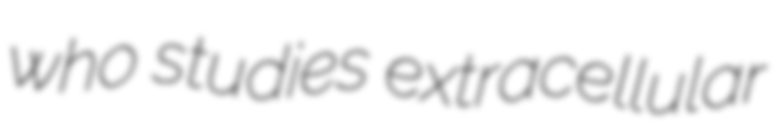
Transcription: who studies extracellular